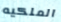
الملكيه